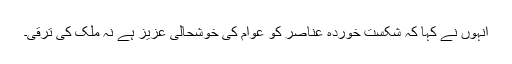
انہوں نے کہا کہ شکست خوردہ عناصر کو عوام کی خوشحالی عزیز ہے نہ ملک کی ترقی۔